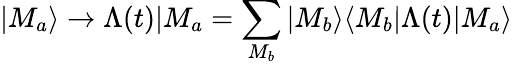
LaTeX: |M_{a}\rangle\rightarrow\Lambda(t)|M_{a}=\sum_{M_{b}}|M_{b}\rangle\langle M_{b}|\Lambda(t)|M_{a}\rangle